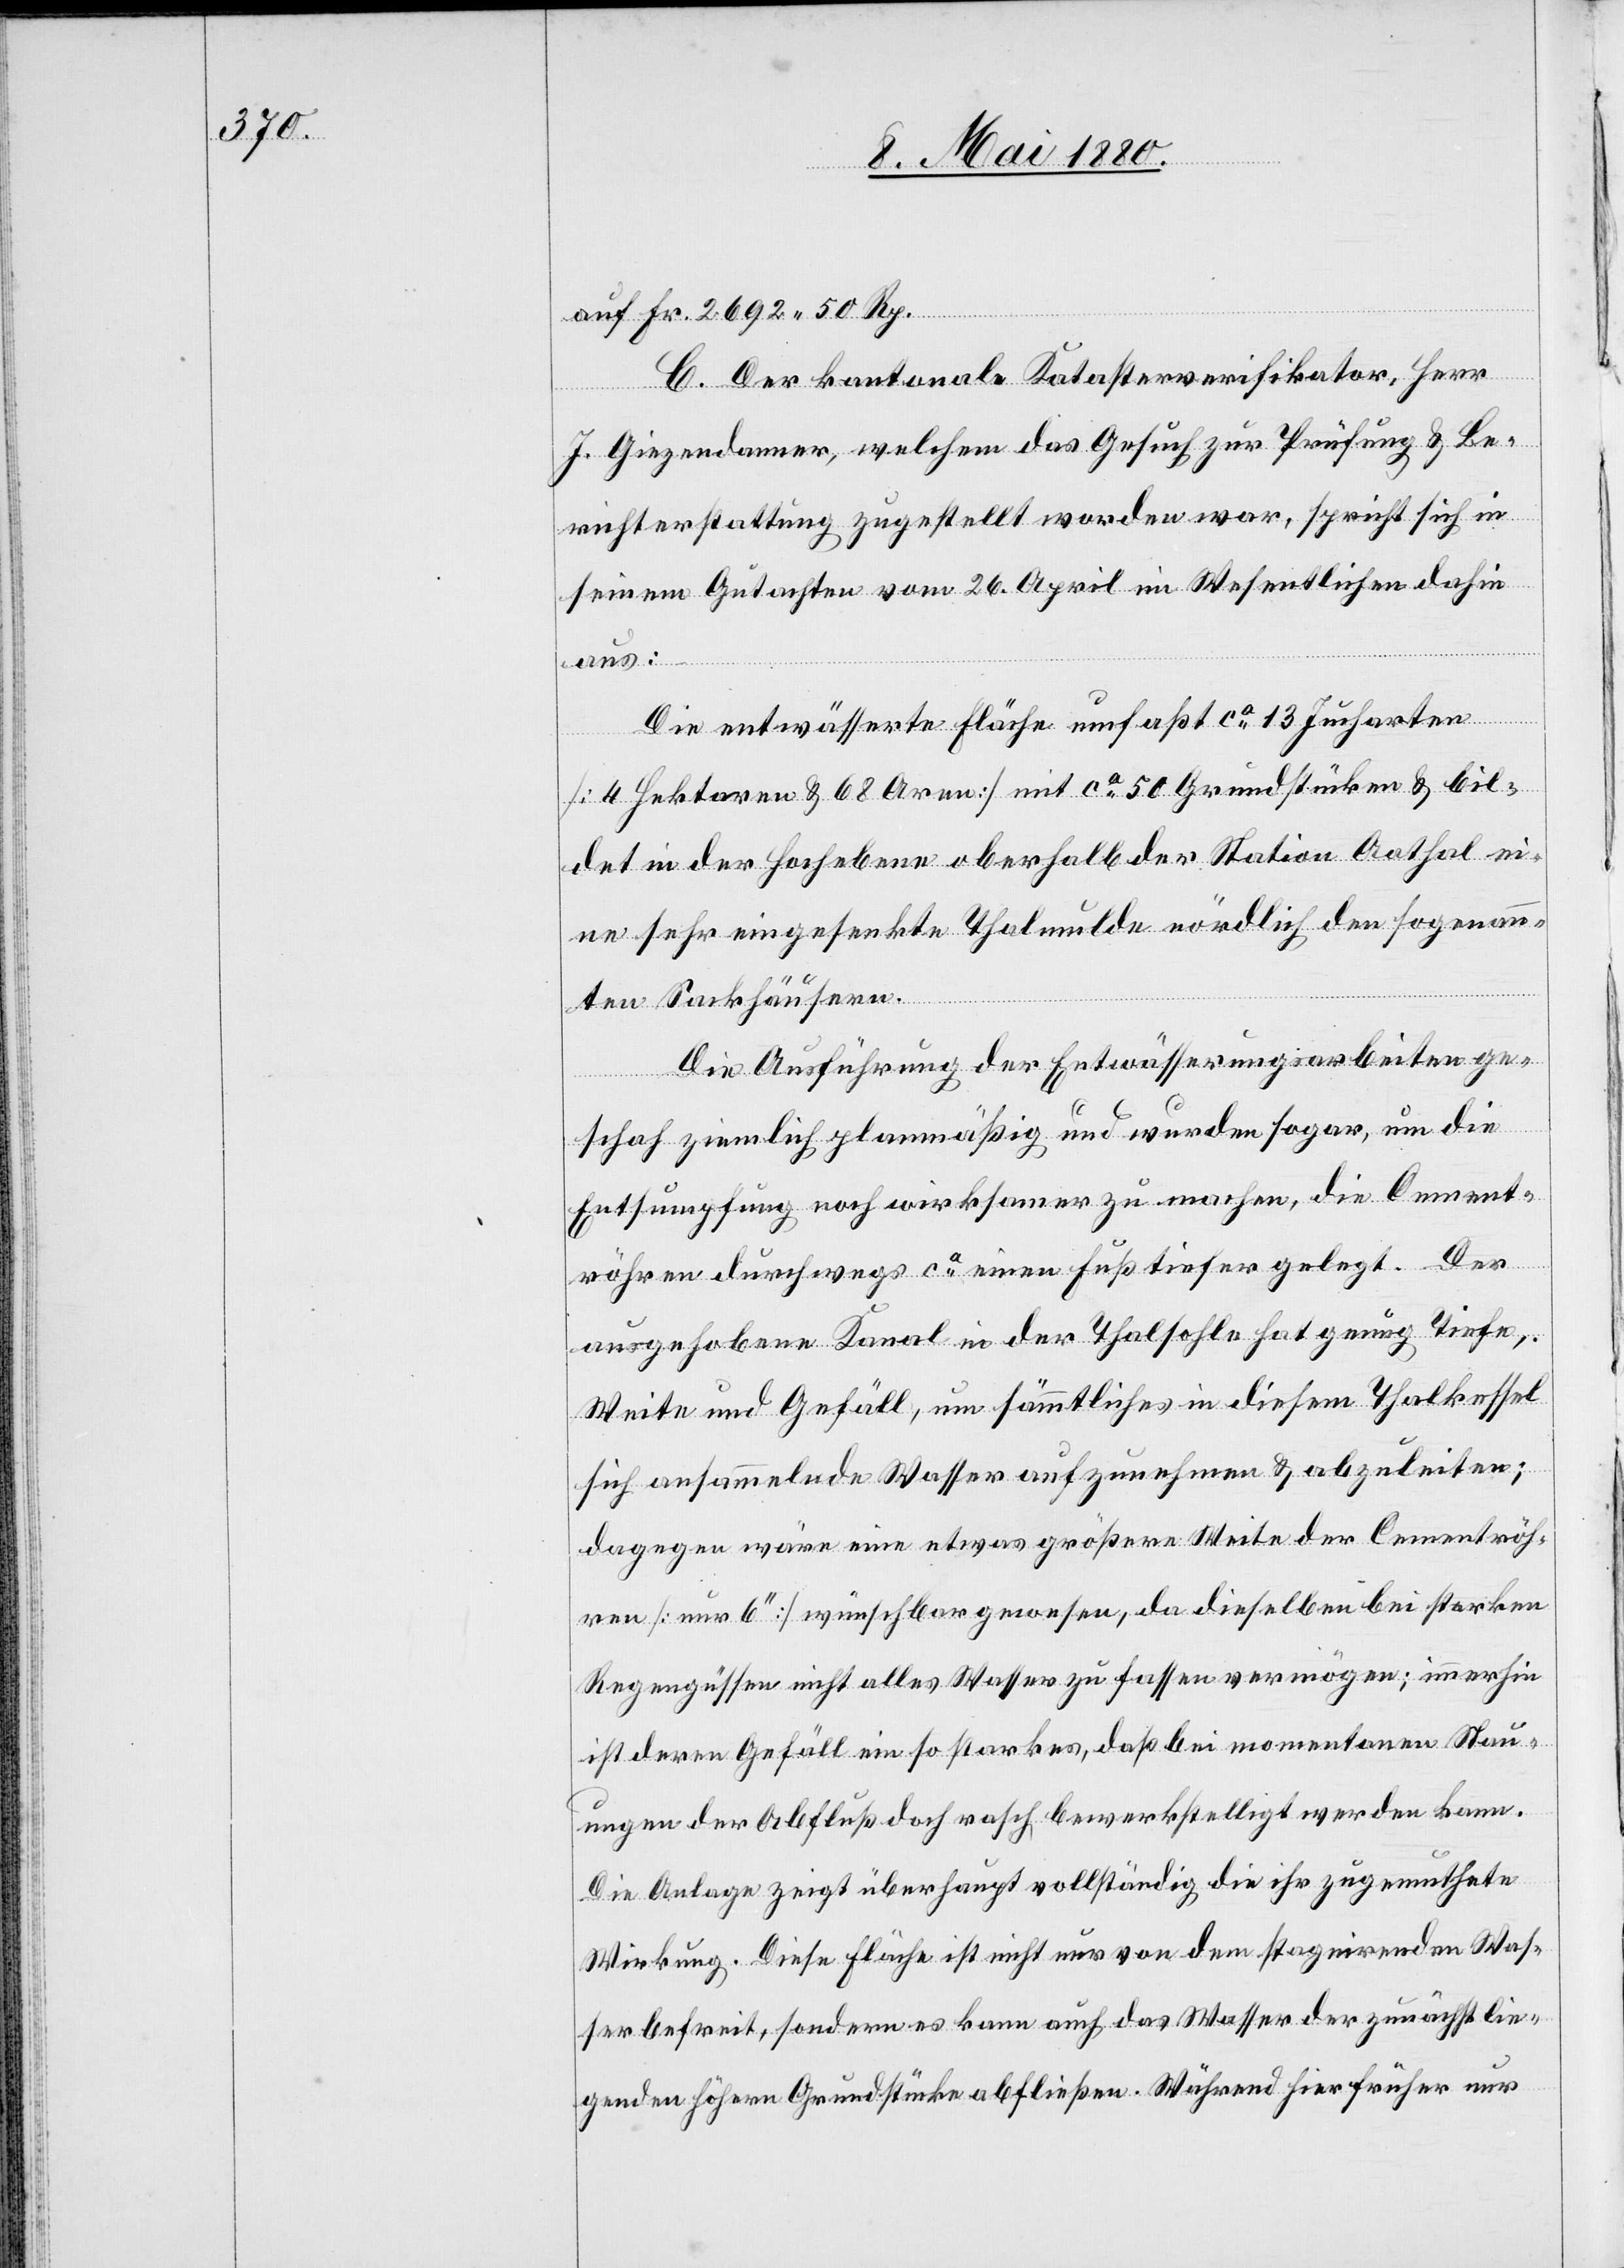
auf Fr. 2692. 50 Rp.
C. Der kantonale Katasterverifikator, Herr
J. Giezendammer, welchem das Gesuch zur Prüfung & Be¬
richterstattung zugestellt worden war, spricht sich in
seinem Gutachten vom 26. April im Wesentlichen dahin
aus:
Die entwässerte Fläche umfaßt ca 13 Jucharten
[4 Hektaren & 68 Aren] mit ca 50 Grundstücken & bil¬
det in der Hochebene oberhalb der Station Aathal ei¬
ne sehr eingesenkte Thalmulde nördlich den sogenan¬
n¬
ten Sackhäusern.
Die Ausführung der Entwässerungsarbeiten ge¬
schah ziemlich planmäßig und wurden sogar, um die
Entsumpfung noch wirksamer zu machen, die Cement¬
röhren durchwegs ca einen Fuß tiefer gelegt. Der
ausgehobene Kanal in der Thalsohle hat genug Tiefe,
Weite und Gefäll, um sämmtliches in diesem Thalkessel
sich ansammelnde Wasser aufzunehmen & abzuleiten;
dagegen wäre eine etwas größere Weite der Cementröh¬
ren [nur 6‘‘] wünschbar gewesen, da dieselben bei starken
Regengüssen nicht alles Wasser zu fassen vermögen; immerhin
ist deren Gefäll ein so starkes, daß bei momentanen Stau¬
ungen der Abfluß doch rasch bewerkstelligt werden kann.
Die Anlage zeigt überhaupt vollständig die ihr zugemuthete
Wirkung. Diese Fläche ist nicht nur von dem stagnirenden Was¬
ser befreit, sondern es kann auch das Wasser der zunächst lie¬
genden höhern Grundstücke abfließen. Während hier früher nur